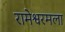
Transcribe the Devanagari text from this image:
रामेश्वरमला